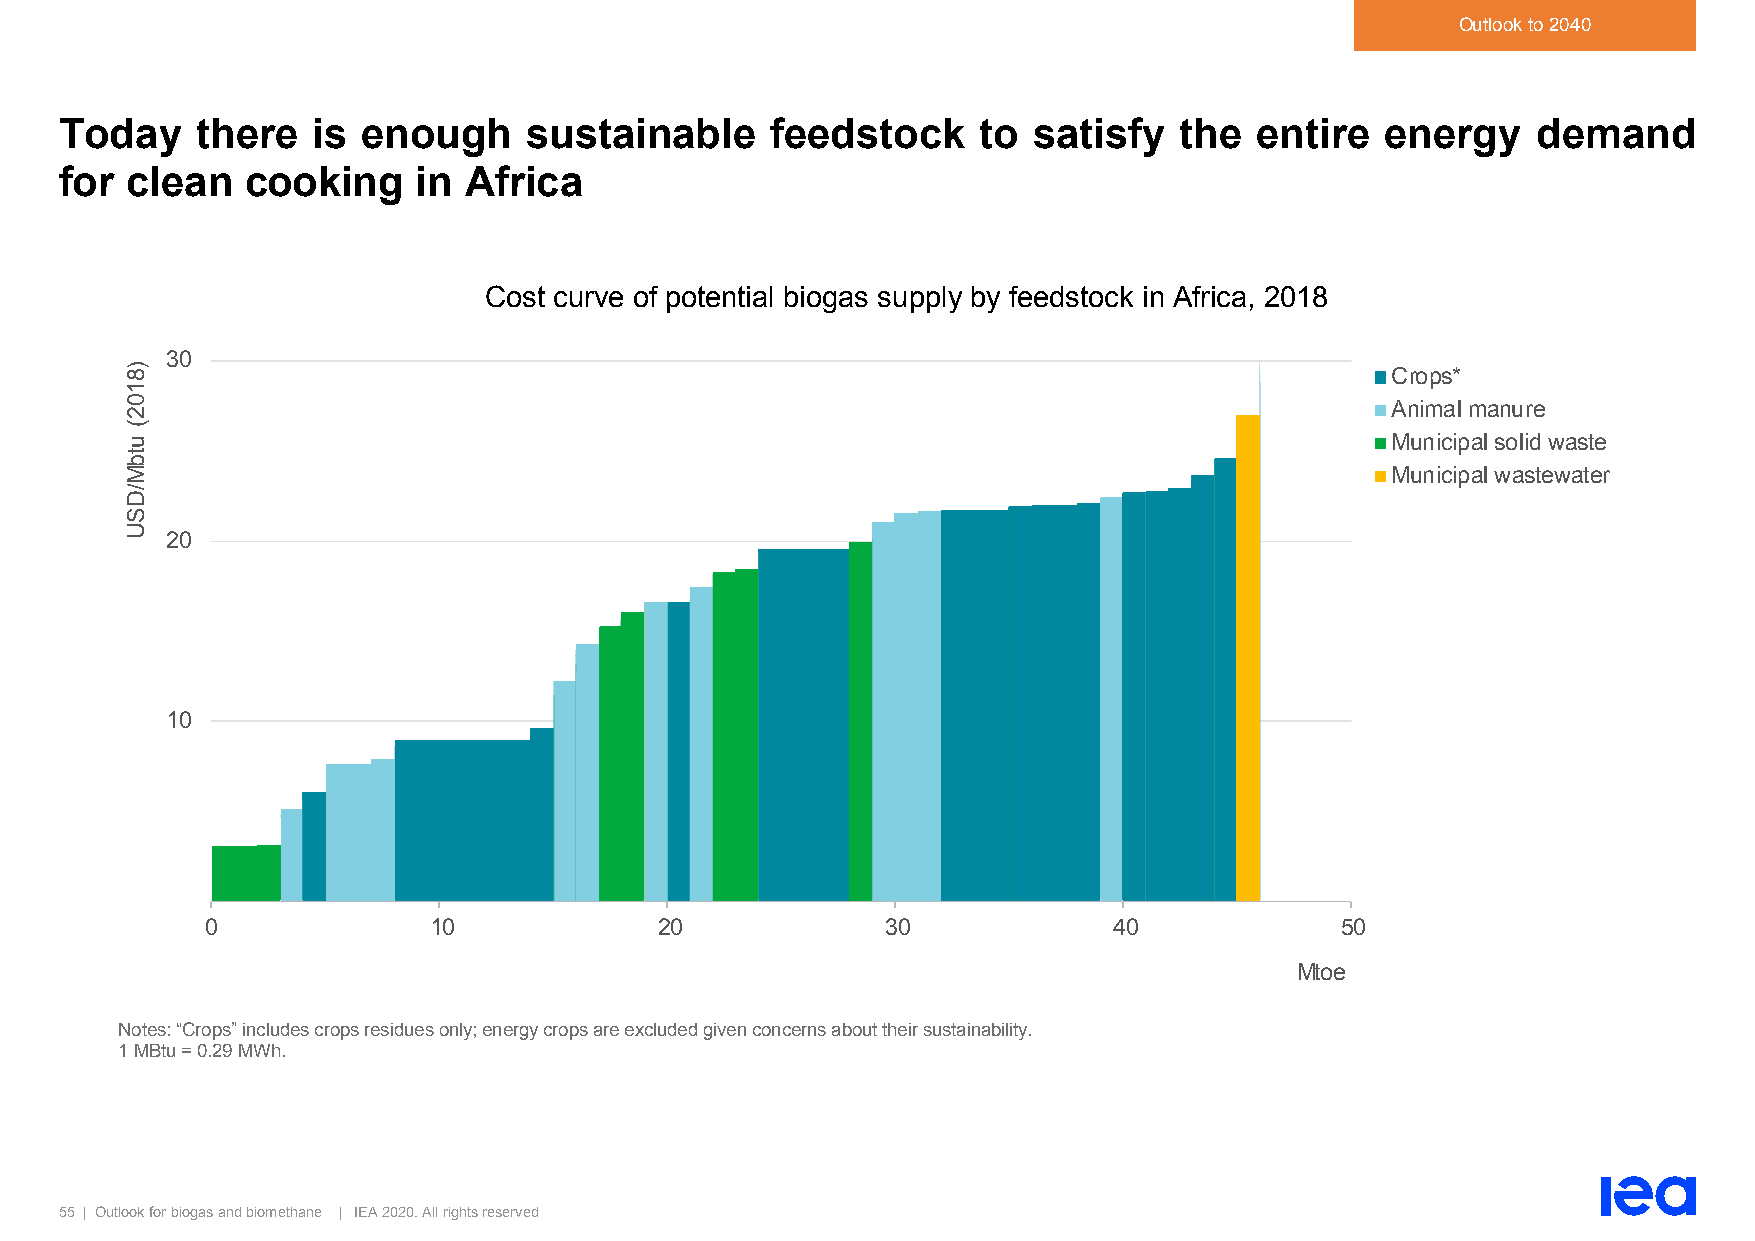
Outlook to 2040
 Today    there   is enough     sustainable     feedstock     to satisfy   the  entire   energy    demand
 for clean   cooking     in Africa
 Cost curve of potential biogas supply by feedstock in Africa, 2018
 30
 Crops*
 Animal manure
 Municipal solid waste
 Municipal wastewater
 20
 10
 0             10              20             30             40             50
 Mtoe
 Notes: “Crops” includes crops residues only; energy crops are excluded given concerns about their sustainability.
 1 MBtu = 0.29 MWh.
 55 | Outlook for biogas and biomethane | IEA 2020. All rights reserved
 )8102(
 utbM/DSU